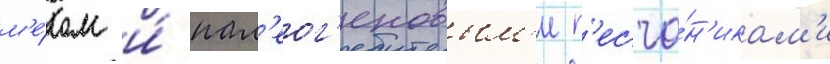
м'е́лом и́ пал'еог'еновым'и п'есча́н'икам'и